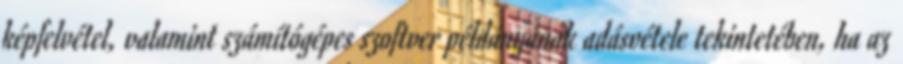
képfelvétel, valamint számítógépes szoftver példányának adásvétele tekintetében, ha az